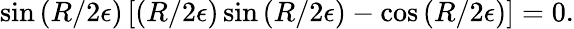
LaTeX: \sin\left(R/2\epsilon\right)\left[\left(R/2\epsilon\right)\sin\left(R/2\epsilon\right)-\cos\left(R/2\epsilon\right)\right]=0.